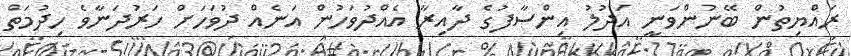
ރައްޔިތުން ބޭނުންވަނީ އަދުލު އިންސާފުގެ ދާއިރާ އެއްދުވަހުން އަނެއް ދުވަހަށް ހަރުދަނާވެ ހިދުމަތް